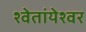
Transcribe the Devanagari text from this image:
श्वेतांयेश्वर